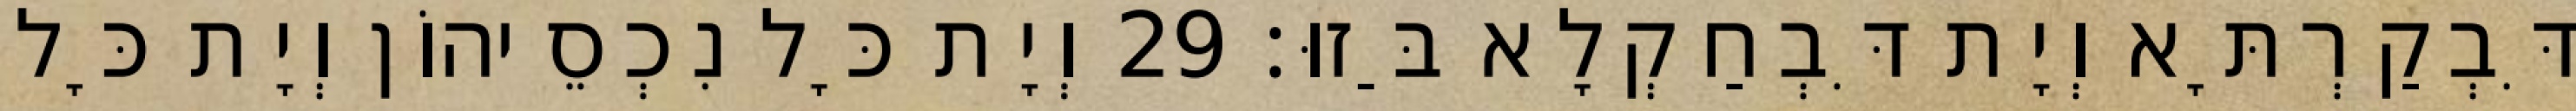
דִּבְקַרְתָּא וְיָת דִּבְחַקְלָא בַּזוּ׃ 29 וְיָת כָּל נִכְסֵיהוֹן וְיָת כָּל